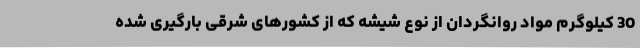
30 کیلوگرم مواد روانگردان از نوع شیشه که از کشورهای شرقی بارگیری شده